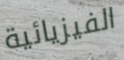
الفيزيائية